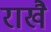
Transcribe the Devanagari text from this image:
राखै